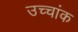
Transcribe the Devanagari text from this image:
उच्‍चांक